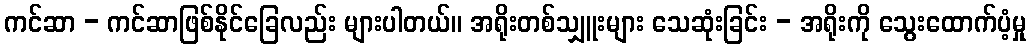
ကင်ဆာ - ကင်ဆာဖြစ်နိုင်ခြေလည်း များပါတယ်။ အရိုးတစ်သျှူးများ သေဆုံးခြင်း - အရိုးကို သွေးထောက်ပံ့မှု